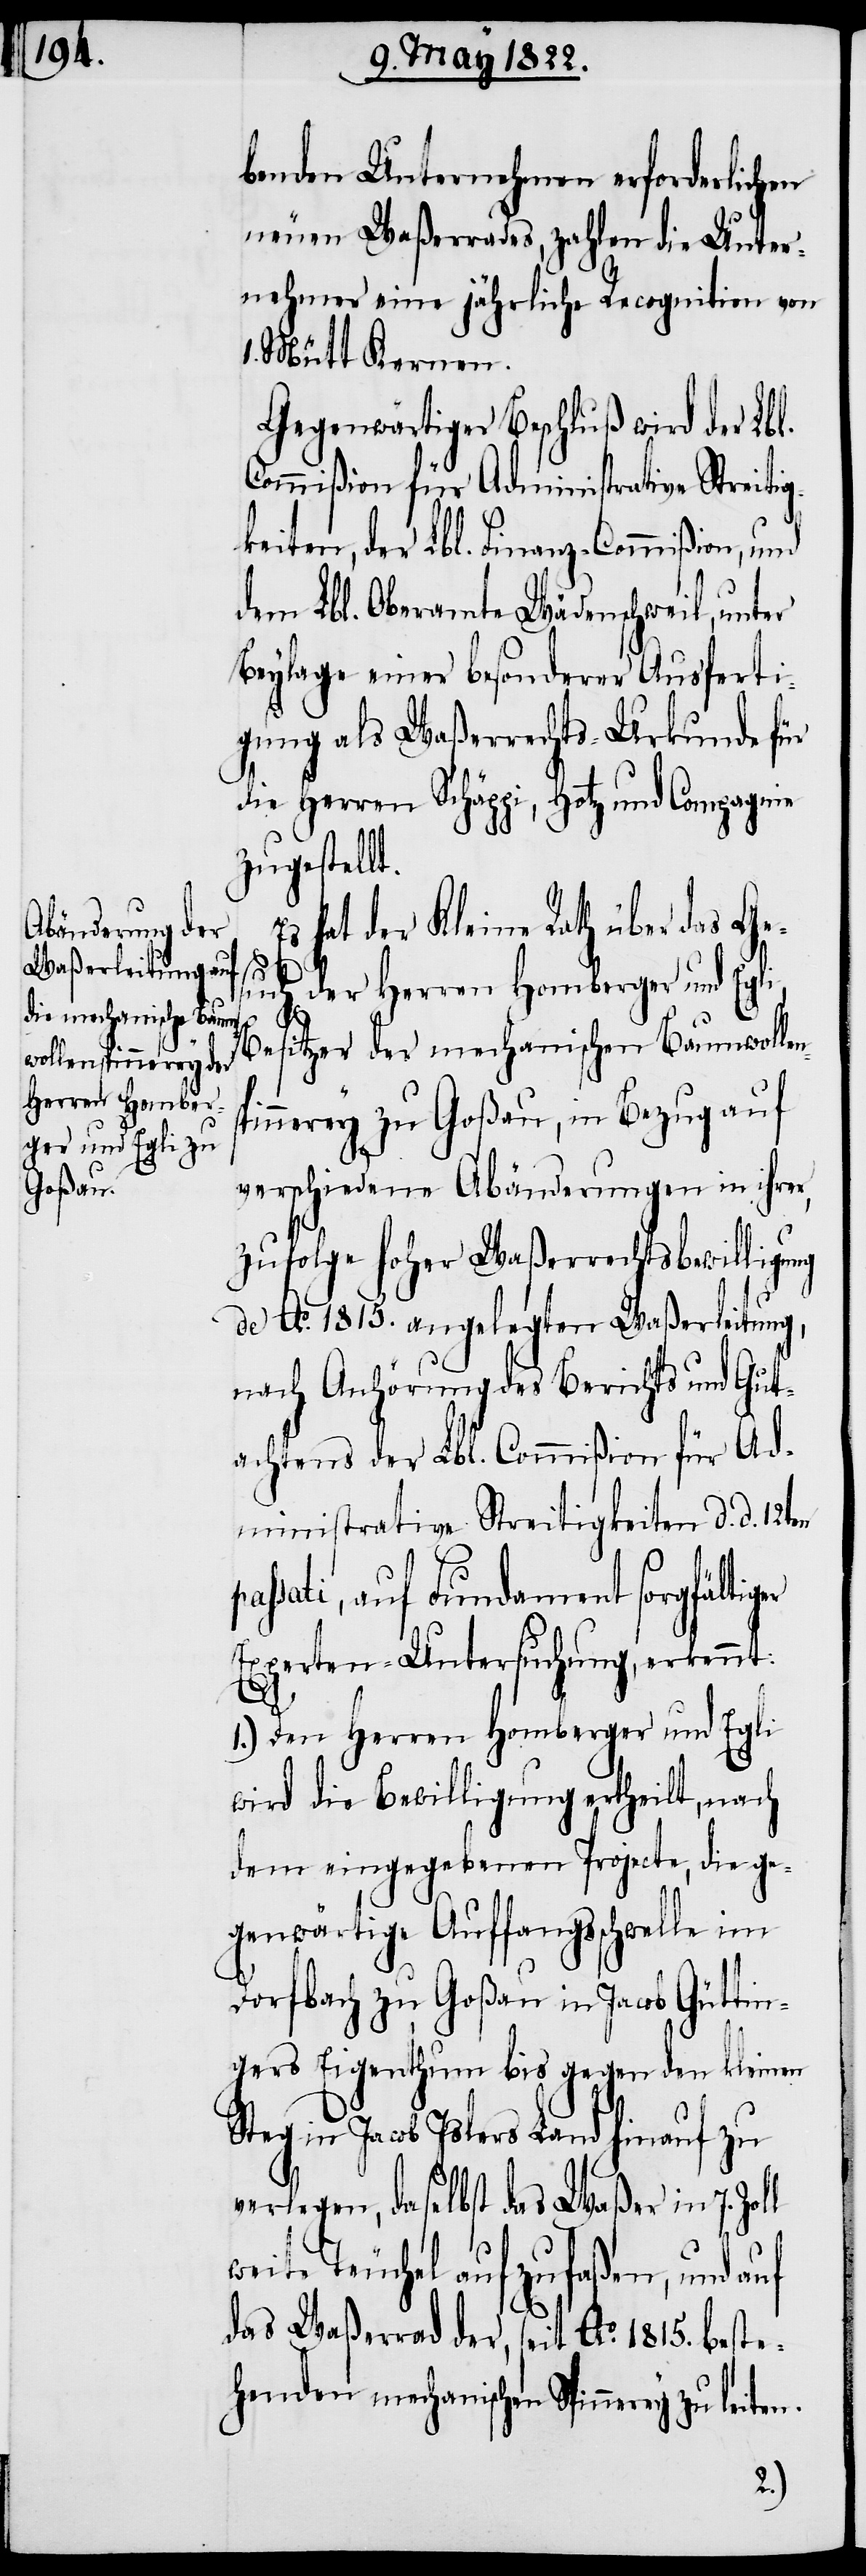
benden Unternehmen erforderlichen
neuen Waßerrades, zahlen die Unter¬
nehmer eine jährliche Recognition von
Mütt Kernen.
Gegenwärtiger Beschluß wird der Lbl.
Commißion für Administrative Streiti¬
keiten, der Lbl. Finanz-Commißion, und
dem Lbl. Oberamte Wädenschweil, unter
Beylage einer besonderer Ausferti¬
gung als Waßerrechts-Urkunde für
die Herren Schäppi, Hotz und Compagnie
zugestellt.
s hat der Kleine Rath über das Ge¬
such der Herren Homberger und Egli,
Besitzer der mechanischen Baumwolle¬
p¬
pinnerey zu Goßau, in Bezug auf
verschiedene Abänderungen in ihrer,
zufolge hoher Waßerrechtsbewilligung
de Ao. 1815. angelegten Waßerleitung,
nach Anhörung des Berichts und Gut¬
achtens der Lbl. Commißion für Ad¬
ministrative Streitigkeiten d. d. 12ten
assati, auf Fundament sorgfältig¬
Experten-Untersuchung, erkennt:
er
l
1.) Den Herren Homberger und Egli
wird die Bewilligung ertheilt, nach
dem eingegebenen Projecte, die ge¬
genwärtige Auffangsschwelle im
Dorfbach zu Goßau in Jacob Güttin¬
gers Eigenthum bis gegen den kleinen
Steg in Jacob Islers Land hinauf zu
verlegen, daselbst das Waßer in 7. Zol¬
weite Teuchel aufzufaßen, und auf
das Waßerrad der, seit Ao. 1815. beste¬
henden mechanischen Spinnerey zu leite¬
n.